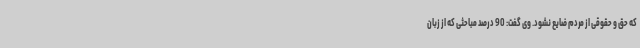
که حق و حقوقی از مردم ضایع نشود. وی گفت: 90 درصد مباحثی که از زبان